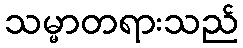
သမ္မာတရားသည်